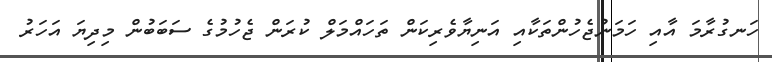
ހަނގުރާމަ އާއި ހަމަނުޖެހުންތަކާއި އަނިޔާވެރިކަން ތަހައްމަލް ކުރަން ޖެހުމުގެ ސަބަބުން މިދިޔަ އަހަރު